Vaccination North-Western Provinces 1866-1877 - 1866-1877
Year: 1866
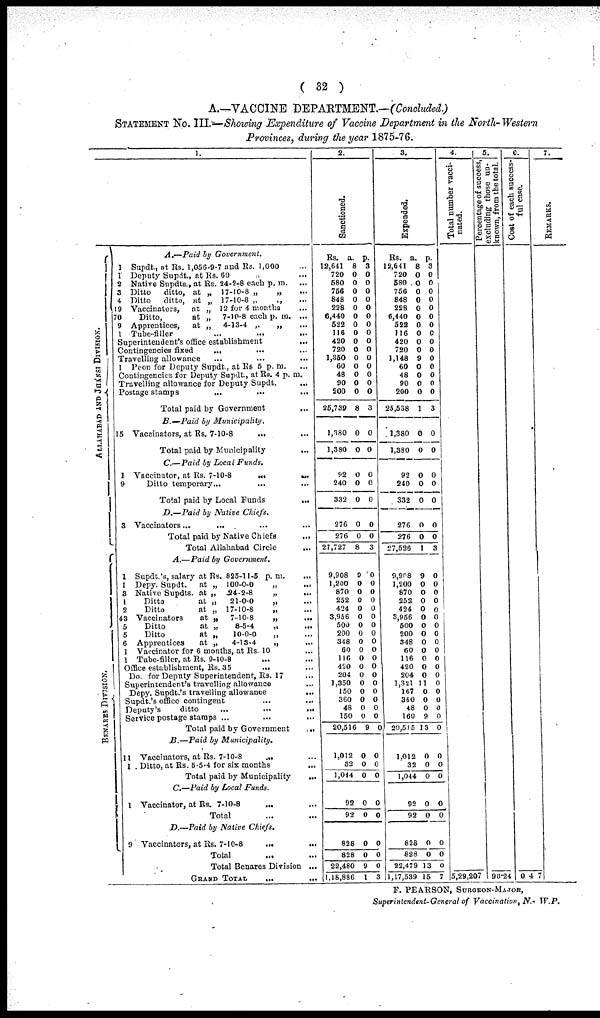
( 32 )
A.—VACCINE DEPARTMENT.—(Concluded.)
STATEMENT No. III.—Showing Expenditure of Vaccine Department in the North-Western
Provinces, during the year 1875-76.
1.
ALLAHABAD AND JHANSI DIVISION.
BENARES DIVISION.
A.—Paid
by
Government.
1 Supdt., at Rs. 1,056-9-7 and Rs. 1,000 ...
1 Deputy Supdt., at Rs. 60 ...
2 Native Supdts., at Rs. 24-2-8 each p. m. ...
3 Ditto
ditto, at „ 17-10-8 „
„ ...
4 Ditto
ditto, at „ 17-10-8 „
„ ...
19 Vaccinators,
at „ 12 for 4 months ...
70
Ditto,
at „
7-10-8 each p. m. ...
9 Apprentices,
at „
4-13-4
„
„ ...
1 Tube-filler ... ...
Superintendent's office establishment ...
Contingencies
fixed
...
...
Travelling allowance ... ...
1 Peon for Deputy Supdt., at Rs 5 p. m. ...
Contingencies for Deputy Supdt., at Rs. 4 p. m.
Travelling allowance for Deputy Supdt.
...
Postage stamps
...
...
...
Total paid by Government ...
B.—Paid
by
Municipality.
15 Vaccinators, at Rs. 7-10-8 ... ...
Total paid by Municipality
...
C.—Paid by Local
Funds.
1 Vaccinator, at Rs. 7-10-8
...
...
9
Ditto temporary...
... ...
Total paid by Local Funds
...
D.—Paid
by Native
Chiefs.
3 Vaccinators... ... ... ...
Total paid by Native Chiefs
...
Total Allahabad Circle ...
A.—Paid
by
Government.
1 Supdt.'s, salary at Rs. 825-11-5 p.m. ...
1 Depy. Supdt.
at „ 100-0-0
„ ...
3 Native Supdts. at „
24-2-8
„ ...
1
Ditto
at „
21-0-0
„ ...
2
Ditto
at „ 17-10-8
„ ...
43 Vaccinators
at „
7-10-8
„
...
5
Ditto
at „
8-5-4
„ ...
5
Ditto
at „
10-0-0
„ ...
6 Apprentices
at „
4-13-4
„ ...
1 Vaccinator for 6 months, at Rs. 10 ...
1 Tube-filler, at Rs. 9-10-8 ... ...
Office establishment, Rs. 35
...
...
Do. for Deputy Superintendent, Rs. 17 ...
Superintendent's travelling allowance ...
Depy. Supdt.'s travelling allowance
...
Supdt.'s office contingent ... ...
Deputy's
ditto
...
...
...
Service postage stamps ... ... ...
Total paid by Government
...
B.—Paid by
Municipality.
11 Vaccinators, at Rs. 7-10-8 ... ...
1 . Ditto, at Rs. 5-5-4 for six months ...
Total paid by Municipality ...
C.—Paid by Local Funds.
1 Vaccinator, at Rs. 7-10-8 ... ...
Total ... ...
D.—Paid
by Native
Chiefs.
9 Vaccinators, at Rs. 7-10-8 ... ...
Total ... ...
Total Benares Division ...
GRAND TOTAL ... ...
2.
Sanctioned.
Rs.
12,641
720
680
756
848
228
6,440
522
116
420
720
1,350
60
48
90
200
25,739
1,380
1,380
92
240
332
276
276
27,727
9,908
1,200
870
252
424
3,956
500
200
348
60
116
420
204
1,350
150
360
48
150
20,516
1,012
32
1,044
92
92
828
828
22,480
1,18,886
a.
8
0
0
0
0
0
0
0
0
0
0
0
0
0
0
0
8
0
0
0
0
0
0
0
8
9
0
0
0
0
0
0
0
0
0
0
0
0
0
0
0
0
0
9
0
0
0
0
0
0
0
9
1
p.
3
0
0
0
0
0
0
0
0
0
0
0
0
0
0
0
3
0
0
0
0
0
0
0
3
0
0
0
0
0
0
0
0
0
0
0
0
0
0
0
0
0
0
0
0
0
0
0
0
0
0
0
3
3.
Expended.
Rs.
12,641
720
580
756
848
228
6,440
522
116
420
720
1,148
60
48
90
200
25,558
1,380
1,380
92
240
332
276
276
27,526
9,908
1,200
870
252
424
3,956
500
200
348
60
116
420
204
1,321
167
360
48
160
20,515
1,012
32
1,044
92
92
828
828
22,479
1,17,539
a.
8
0
0
0
0
0
0
0
0
0
0
9
0
0
0
0
1
0
0
0
0
0
0
0
1
9
0
0
0
0
0
0
0
0
0
0
0
0
1
0
0
0
9
13
0
0
0
0
0
0
0
13
15
p.
3
0
0
0
0
0
0
0
0
0
0
0
0
0
0
0
3
0
0
0
0
0
0
0
3
0
0
0
0
0
0
0
0
0
0
0
0
0
0
0
0
0
0
0
0
0
0
0
0
0
0
0
7
4.
Total number vacci-
nated.
5,29,207
5.
excluding those un-
known, from the total.
90.24
6.
Cost of each success-
ful case.
0 4 7
7.
RE MARKS .
F. PEARSON, SURGEON-MAJOR,
Superintendent-General of Vaccination, N.- W.P.